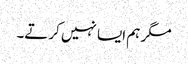
مگر ہم ایسا نہیں کرتے۔